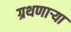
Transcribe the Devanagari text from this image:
ग्रथणाऱ्या